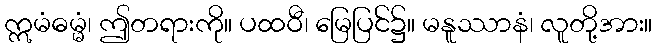
ဣမံဓမ္မံ၊ ဤတရားကို။ ပထဝီ၊ မြေပြင်၌။ မနူဿာနံ၊ လူတို့အား။